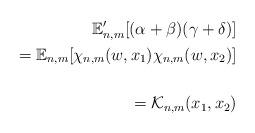
LaTeX: \begin{align*}\mathbb{E}_{n,m}'[(\alpha + \beta ) (\gamma + \delta)]\\= \mathbb{E}_{n,m} [\chi_{n,m} (w, x_1) \chi_{n,m} (w, x_2)] \\\\= \mathcal{K}_{n,m}(x_1, x_2)\end{align*}